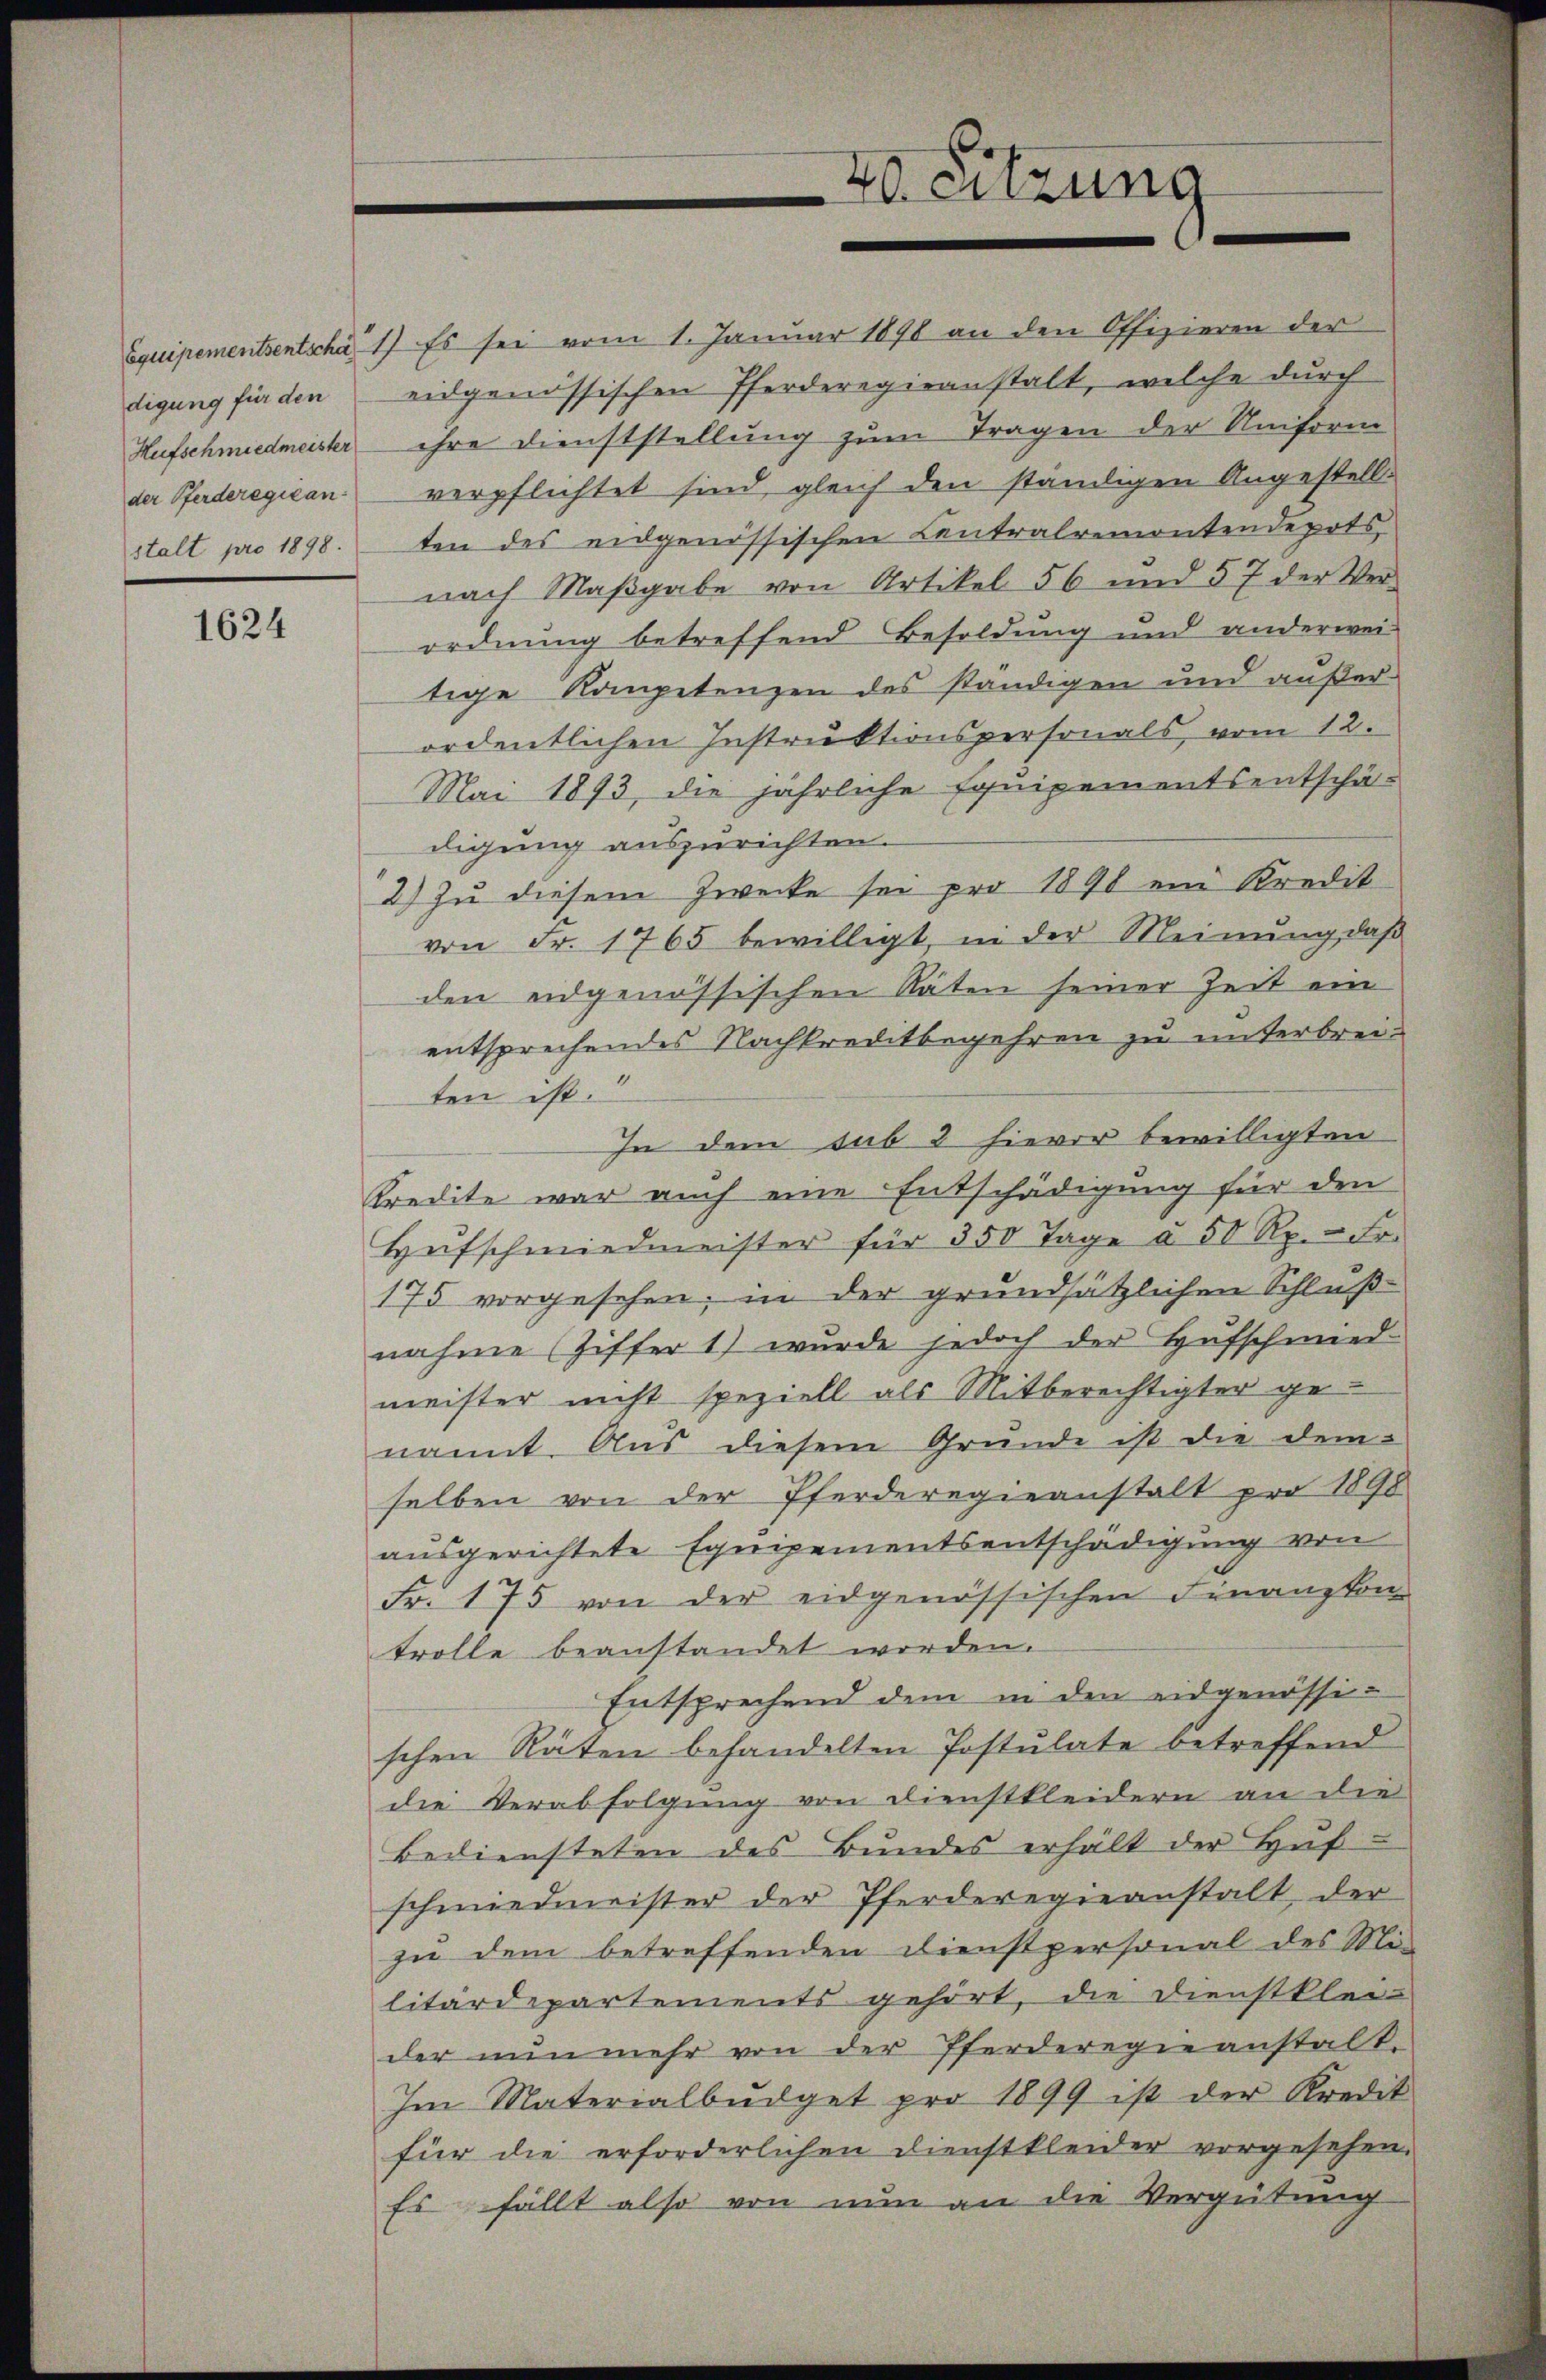
digung für den
Hufschmiedmeister
der Pferderegican
stalt pro 1898.

1624

40. Sitzung

Equipementsentscha 1) Es sei vom 1. Januar 1890 an den Offizieren der
eidgenössischen Pferderegieanstalt, welche durch
ihre Dienststellung zum Tragen der Uniform
verpflichtet sind, gleich den ständigen Angestellten des eidgenössischen Centralremontendepots,
nach Maβgabe von Artikel 56 und 57 der Ver-
ordnung betreffend Besoldung und anderwei-
tige Kompetenzen des ständigen und außerordentlichen Instruktionspersonals, vom 12.
Mai 1893, die jährliche Equipementsentschä-
digung auszurichten.
2) Zu diesem Zwecke sei pro 1890 ein Kredit
von Fr. 1765 bewilligt, in der Meinung, daß
den eidgenössischen Räten seiner Zeit ein
entsprechendes Nachkreditbegehren zu unterbreiten ist.
In dem sub 2 hievor bewilligten
Kredite war auch eine Entschädigung für den
Hŭfschmiedmeister für 350 Tage à 50 Rp. - Fr.
175 vorgesehen; in der grundsätzlichen Schluß
nahme (Ziffer 1) wurde jedoch der Hufschmied-
meister nicht speziell als Mitberechtigter genannt. Aus diesem Grunde ist die dem-
selben von der Pferderegieanstalt pro 1898
ausgerichtete Equipementsentschädigung von
Fr. 175 von der eidgenössischen Finanzkon-
trolle beanstandet worden.
Entsprechend dem in den eidgenössischen Räten behandelten Postulate betreffend
die Verabfolgung von Dienstkleidern an die
Bediensteten des Bundes erhält der Hŭf
schmiedmeister der Pferderegieanstalt, der
zu dem betreffenden Dienstpersonal des Mi-
litärdepartements gehört, die Dienstklei-
der nunmehr von der Pferderegieanstalt.
Im Materialbüdget pro 1899 ist der Kredit
für die erforderlichen Dienstkleider vorgesehen.
Es fällt also von nun an die Vergütung